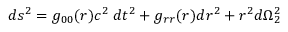
d s ^ { 2 } = g _ { 0 0 } ( r ) c ^ { 2 } \: d t ^ { 2 } + g _ { r r } ( r ) d r ^ { 2 } + r ^ { 2 } d \Omega _ { 2 } ^ { 2 }